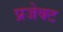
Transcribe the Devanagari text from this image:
प्रजेक्ट